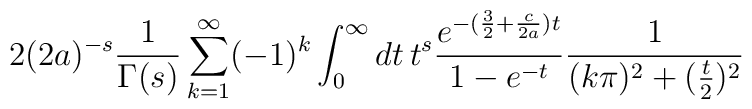
2(2a)^{-s}\frac{1}{\Gamma(s)}\sum_{k=1}^{\infty}(-1)^{k}\int_{0}^{\infty}dt\, t^s\frac{e^{-(\frac32+\frac{c}{2a})t}}{1-e^{-t}}\frac{1}{(k\pi)^{2}+(\frac t2)^2}